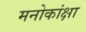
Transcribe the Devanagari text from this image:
मनोकांक्षा